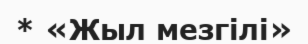
* «Жыл мезгілі»